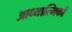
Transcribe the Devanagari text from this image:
आध्यात्मिकों